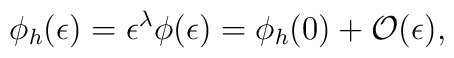
\phi_h(\epsilon) = \epsilon^\lambda \phi(\epsilon)            =\phi_h(0)+{\cal O}(\epsilon),